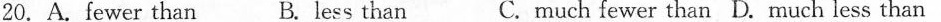
20.A.Fewer than B. less than C. Much fewer than D.Much less than